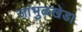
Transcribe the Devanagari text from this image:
जांभुळखेडा